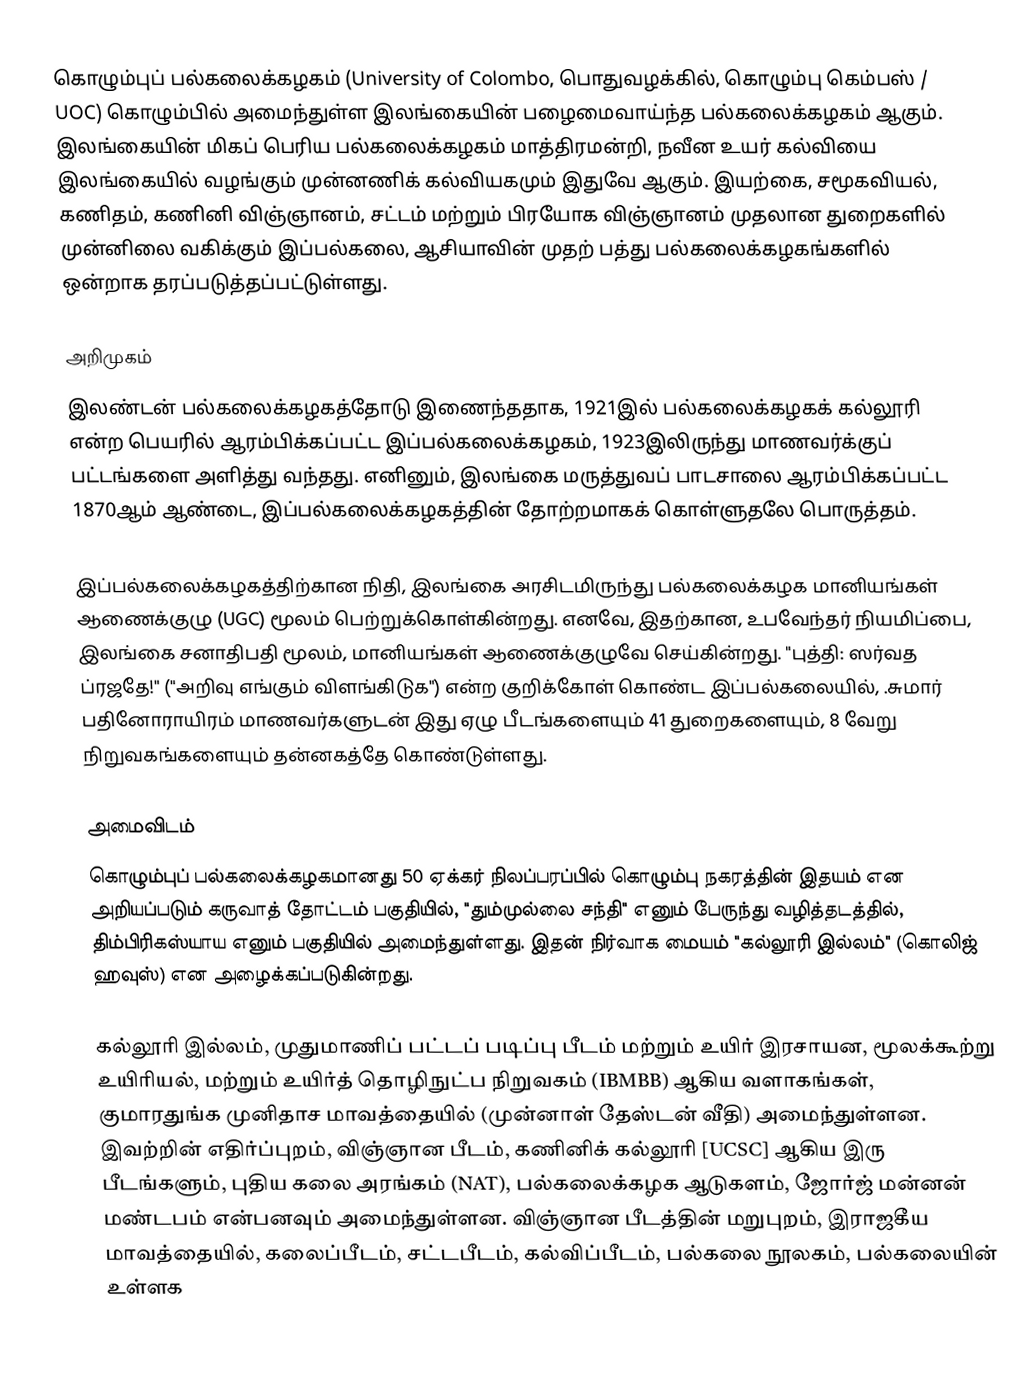
கொழும்புப் பல்கலைக்கழகம் (University of Colombo, பொதுவழக்கில், கொழும்பு கெம்பஸ் / UOC) கொழும்பில் அமைந்துள்ள இலங்கையின் பழைமைவாய்ந்த பல்கலைக்கழகம் ஆகும். இலங்கையின் மிகப் பெரிய பல்கலைக்கழகம் மாத்திரமன்றி, நவீன உயர் கல்வியை இலங்கையில் வழங்கும் முன்னணிக் கல்வியகமும் இதுவே ஆகும். இயற்கை, சமூகவியல், கணிதம், கணினி விஞ்ஞானம், சட்டம் மற்றும் பிரயோக விஞ்ஞானம் முதலான துறைகளில் முன்னிலை வகிக்கும் இப்பல்கலை, ஆசியாவின் முதற் பத்து பல்கலைக்கழகங்களில் ஒன்றாக தரப்படுத்தப்பட்டுள்ளது.

அறிமுகம்
இலண்டன் பல்கலைக்கழகத்தோடு இணைந்ததாக, 1921இல் பல்கலைக்கழகக் கல்லூரி என்ற பெயரில் ஆரம்பிக்கப்பட்ட இப்பல்கலைக்கழகம், 1923இலிருந்து மாணவர்க்குப் பட்டங்களை அளித்து வந்தது. எனினும், இலங்கை மருத்துவப் பாடசாலை ஆரம்பிக்கப்பட்ட 1870ஆம் ஆண்டை, இப்பல்கலைக்கழகத்தின் தோற்றமாகக் கொள்ளுதலே பொருத்தம்.

இப்பல்கலைக்கழகத்திற்கான நிதி, இலங்கை அரசிடமிருந்து பல்கலைக்கழக மானியங்கள் ஆணைக்குழு (UGC) மூலம் பெற்றுக்கொள்கின்றது. எனவே, இதற்கான, உபவேந்தர் நியமிப்பை, இலங்கை சனாதிபதி மூலம், மானியங்கள் ஆணைக்குழுவே செய்கின்றது. "புத்தி: ஸர்வத ப்ரஜதே!" ("அறிவு எங்கும் விளங்கிடுக") என்ற குறிக்கோள் கொண்ட இப்பல்கலையில், .சுமார் பதினோராயிரம் மாணவர்களுடன் இது ஏழு பீடங்களையும் 41 துறைகளையும், 8 வேறு நிறுவகங்களையும் தன்னகத்தே கொண்டுள்ளது.

அமைவிடம்
கொழும்புப் பல்கலைக்கழகமானது 50 ஏக்கர் நிலப்பரப்பில் கொழும்பு நகரத்தின் இதயம் என அறியப்படும் கருவாத் தோட்டம் பகுதியில், "தும்முல்லை சந்தி" எனும் பேருந்து வழித்தடத்தில், திம்பிரிகஸ்யாய எனும் பகுதியில் அமைந்துள்ளது. இதன் நிர்வாக மையம் "கல்லூரி இல்லம்" (கொலிஜ் ஹவுஸ்) என அழைக்கப்படுகின்றது.

கல்லூரி இல்லம், முதுமாணிப் பட்டப் படிப்பு பீடம் மற்றும் உயிர் இரசாயன, மூலக்கூற்று உயிரியல், மற்றும் உயிர்த் தொழிநுட்ப நிறுவகம் (IBMBB) ஆகிய வளாகங்கள்,  குமாரதுங்க முனிதாச மாவத்தையில் (முன்னாள் தேஸ்டன் வீதி) அமைந்துள்ளன. இவற்றின் எதிர்ப்புறம்,  விஞ்ஞான பீடம், கணினிக் கல்லூரி [UCSC] ஆகிய இரு பீடங்களும், புதிய கலை அரங்கம் (NAT), பல்கலைக்கழக ஆடுகளம், ஜோர்ஜ் மன்னன் மண்டபம் என்பனவும் அமைந்துள்ளன. விஞ்ஞான பீடத்தின் மறுபுறம், இராஜகீய மாவத்தையில், கலைப்பீடம், சட்டபீடம், கல்விப்பீடம், பல்கலை நூலகம், பல்கலையின் உள்ளக